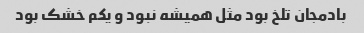
بادمجان تلخ بود مثل همیشه نبود و یکم خشک بود